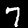
Digit: 7